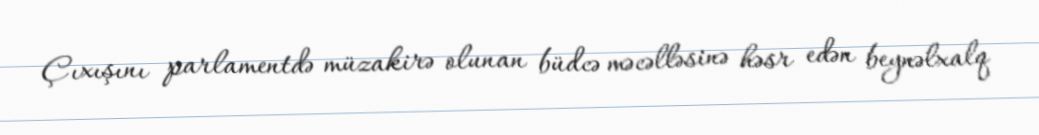
Çıxışını parlamentdə müzakirə olunan büdcə məcəlləsinə həsr edən beynəlxalq